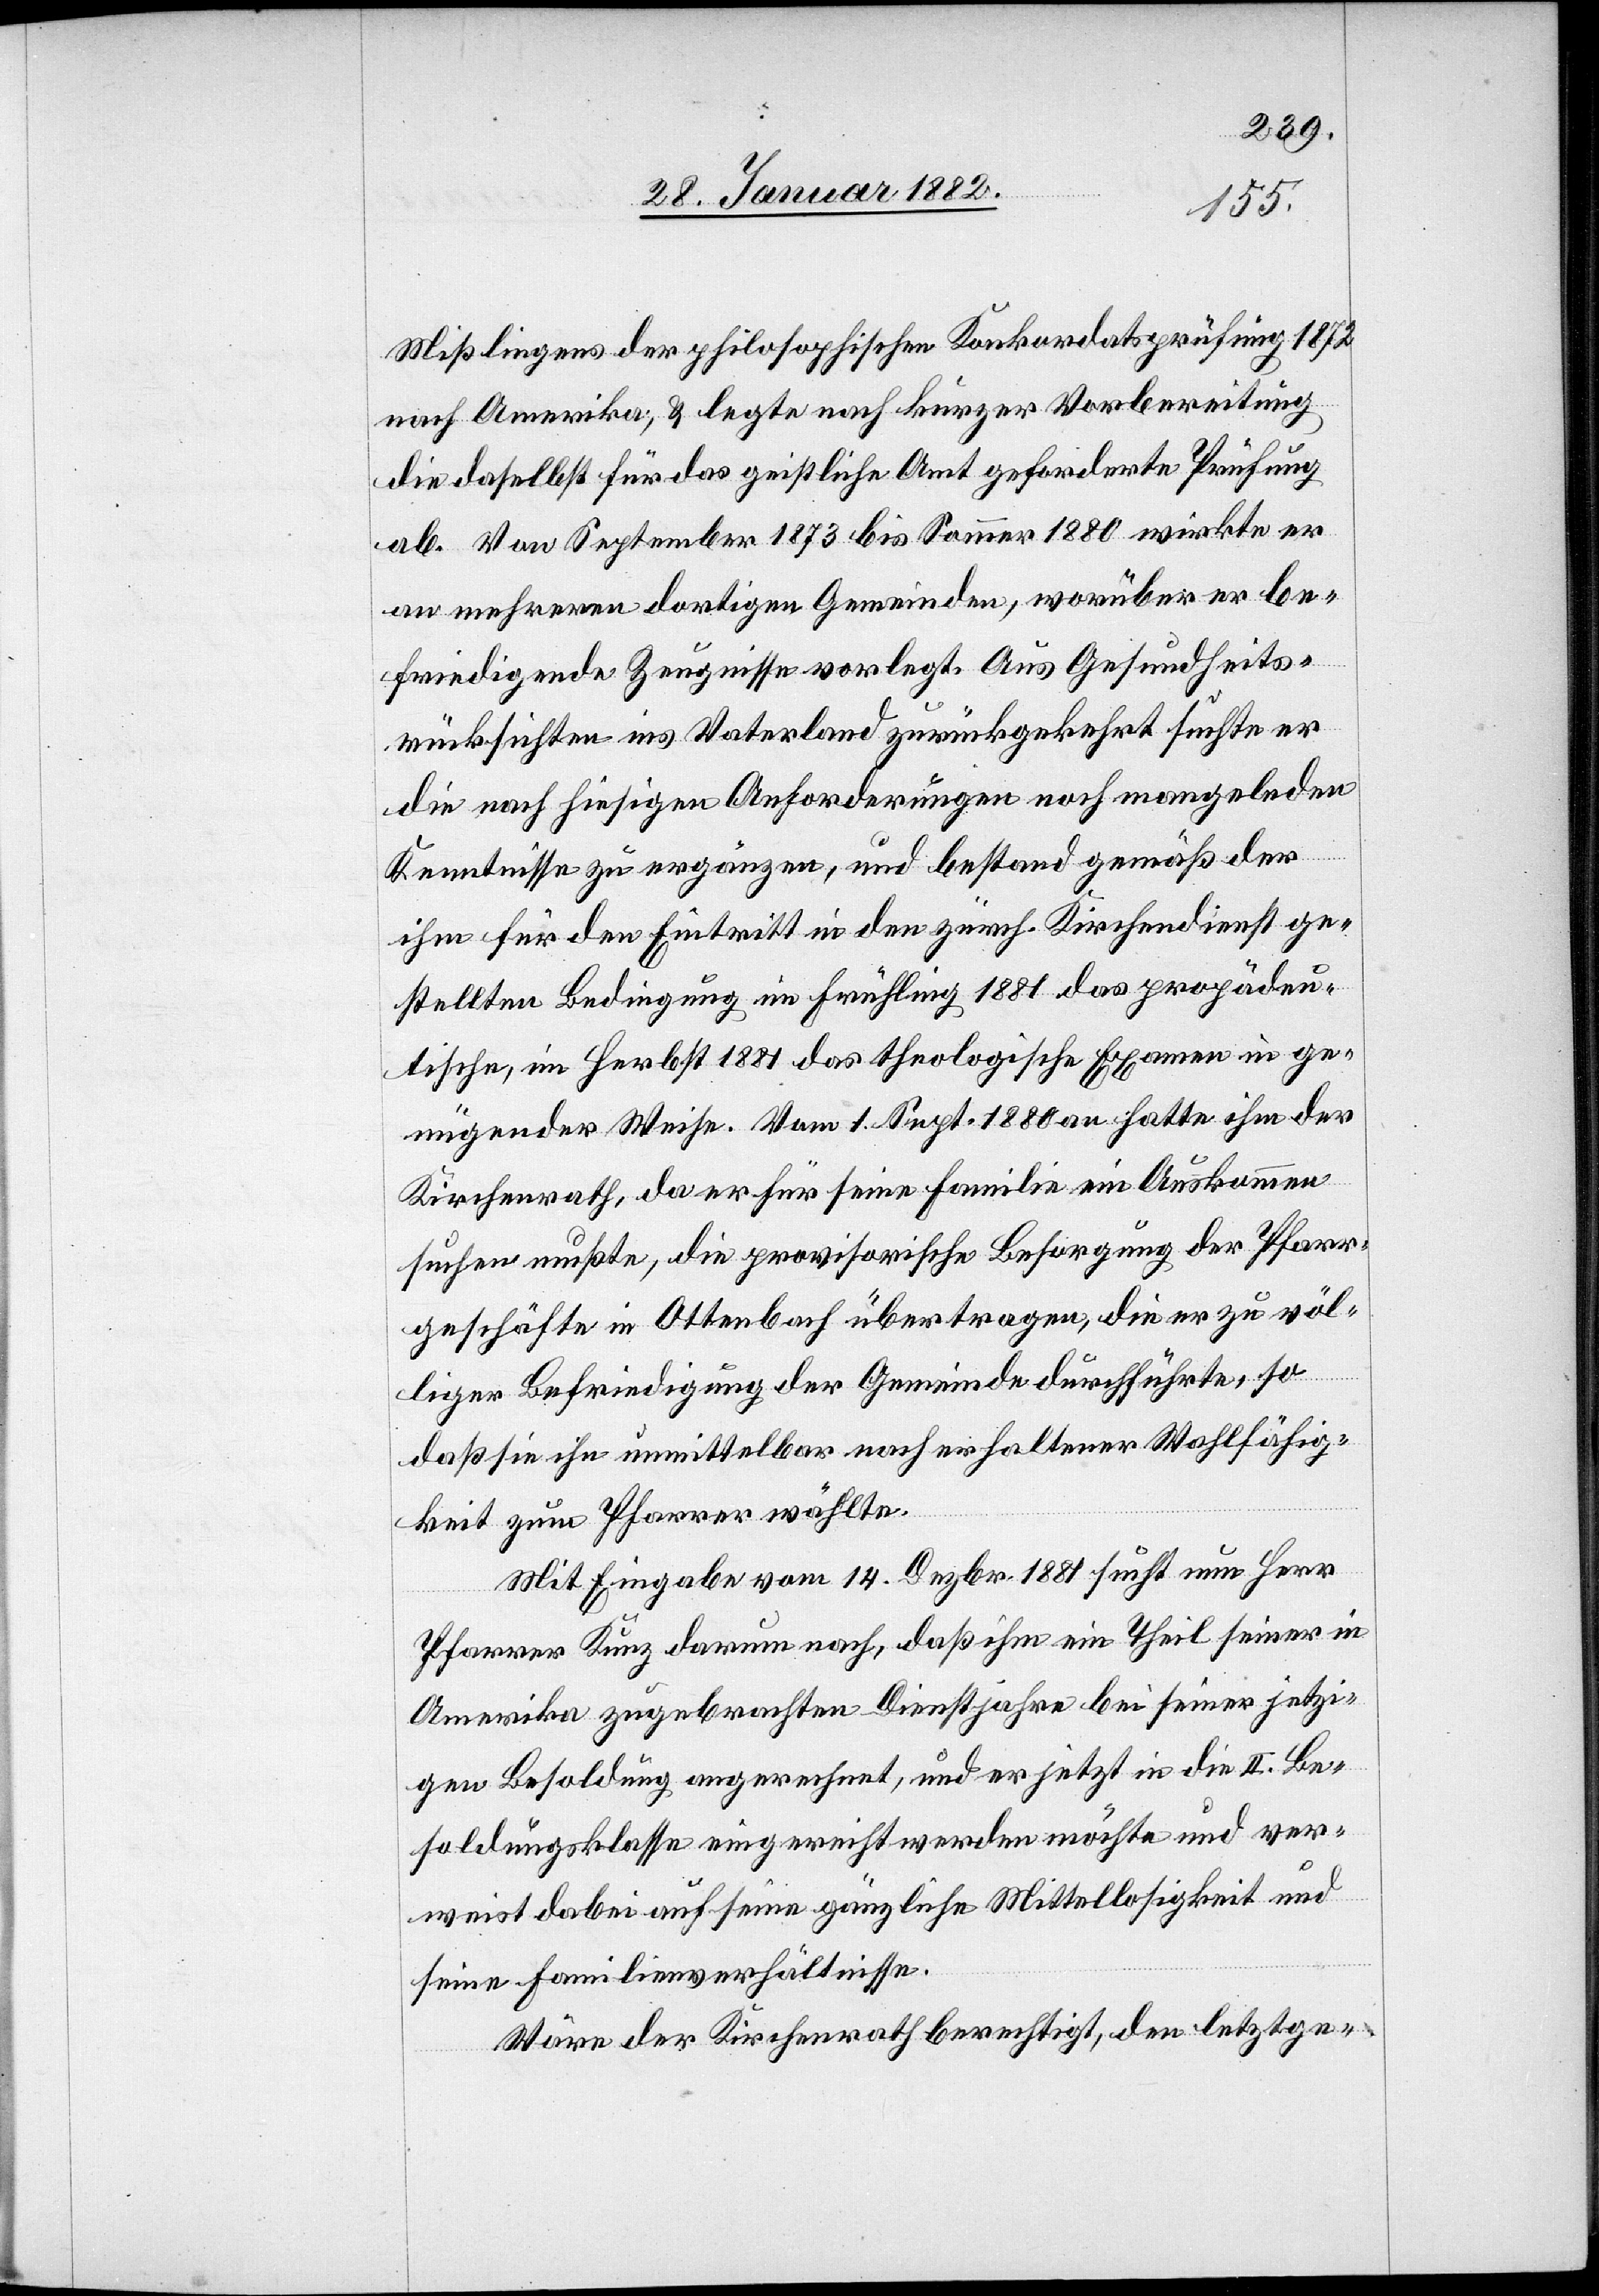
Mißlingens der philosophischen Konkordatsprüfung 1872
nach Amerika; & legte nach kurzer Vorbereitung
die daselbst für das geistliche Amt geforderte Prüfung
ab. Von September 1873 bis Sommer 1880 wirkte er
an mehreren dortigen Gemeinden, worüber er be¬
friedigende Zeugnisse vorlegt. Aus Gesundheits¬
rücksichten ins Vaterland zurückgekehrt suchte er
die nach hiesigen Anforderungen noch mangelnden
Kenntnisse zu ergänzen, und bestand gemäß der
ihm für den Eintritt in den zürch. Kirchendienst ge¬
stellten Bedingungen im Frühling 1881 das propädeu¬
tische, im Herbst 1881 das theologische Examen in ge¬
nügender Weise. Vom 1. Sept. 1881 hatte ihm der
Kirchenrath, da er für seine Familie ein Auskommen
suchen mußte, die provisorische Besorgung der Pfarr¬
geschäfte in Ottenbach übertragen, die er zu völ¬
liger Befriedigung der Gemeinde durchführte, so
daß sie ihn unmittelbar nach erhaltener Wahlfähig¬
keit zum Pfarrer wählten.
Mit Eingabe vom 14. Dezbr. 1881 sucht nun Herr
Pfarrer Kunz darum nach, daß ihm ein Theil seiner in
Amerika zugebrachten Dienstjahre bei seiner jetzi¬
gen Besoldung angerechnet, und er jetzt in die II. Be¬
soldungsklasse eingereicht werden möchte und ver¬
weist dabei auf seine gänzliche Mittellosigkeit und
seine Familienverhältnisse.
Wäre der Kirchenrath berechtigt, den letztgen-